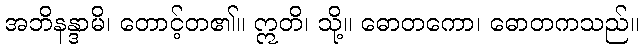
အဘိနန္ဒာမိ၊ တောင့်တ၏။ ဣတိ၊ သို့။ ဓောတကော၊ ဓောတကသည်။